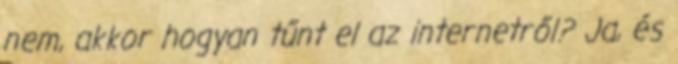
nem, akkor hogyan tűnt el az internetről? Ja, és